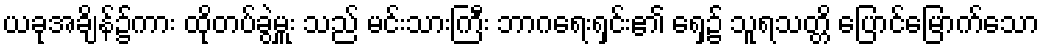
ယခုအချိန်၌ကား ထိုတပ်ခွဲမှူး သည် မင်းသားကြီး ဘာဂရေးရှင်း၏ ရှေ့၌ သူရသတ္တိ ပြောင်မြောက်သော